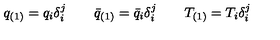
q _ { ( 1 ) } = q _ { i } \delta _ { i } ^ { j } \qquad \bar { q } _ { ( 1 ) } = \bar { q } _ { i } \delta _ { i } ^ { j } \qquad T _ { ( 1 ) } = T _ { i } \delta _ { i } ^ { j }